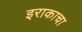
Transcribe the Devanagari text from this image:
इराकाचा